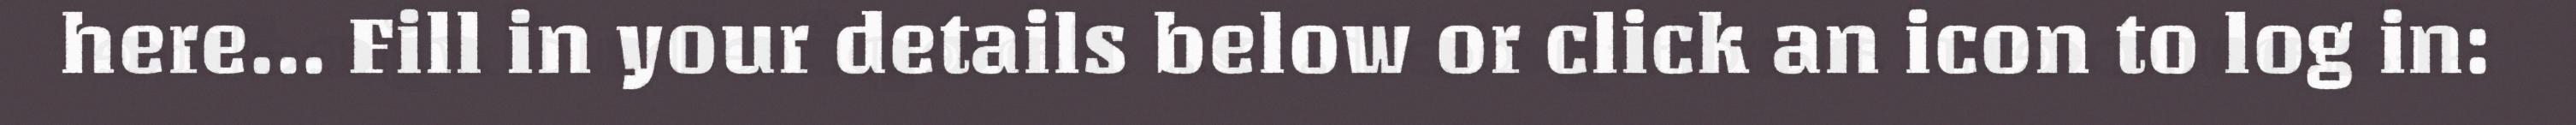
here... Fill in your details below or click an icon to log in: